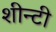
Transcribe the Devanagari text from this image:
शीन्टी